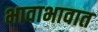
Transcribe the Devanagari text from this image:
भावाभावात